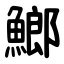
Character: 䱶